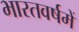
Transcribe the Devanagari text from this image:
भारतवर्षमें